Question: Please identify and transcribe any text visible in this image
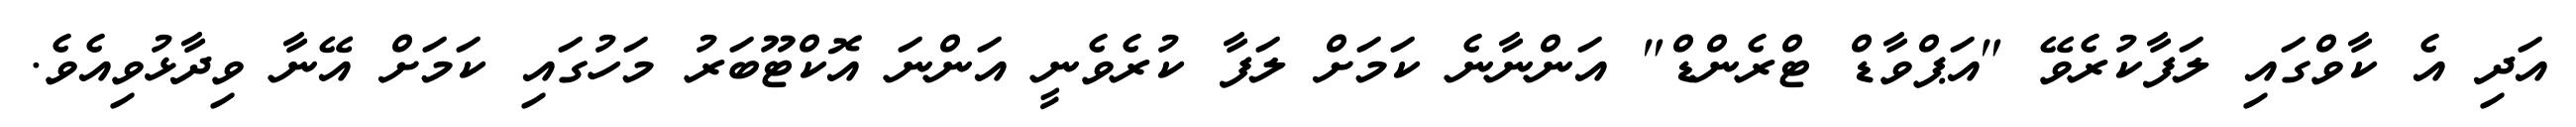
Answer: އަދި އެ ކާވްގައި ލަފާކުރެވޭ "އަޕްވާޑް ޓްރެންޑް" އަންނާނެ ކަމަށް ލަފާ ކުރެވެނީ އަންނަ އޮކްޓޫބަރު މަހުގައި ކަމަށް އޭނާ ވިދާޅުވިއެވެ.